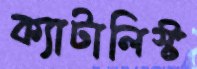
ক্যাটালিস্ট